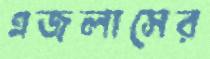
এজলাসের